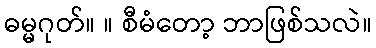
ဓမ္မဂုတ်။ ။ စီမံတော့ ဘာဖြစ်သလဲ။